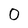
Character: 0